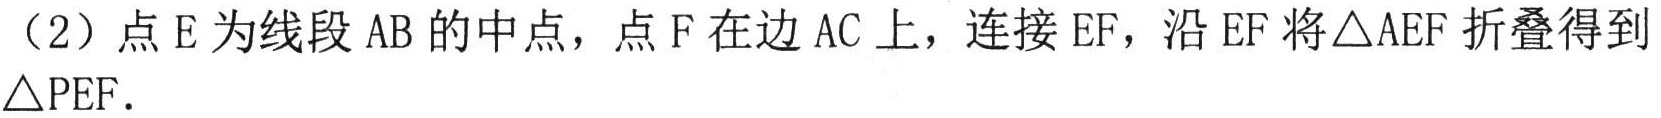
（2）点 \(E\) 为线段 \(AB\) 的中点，点 \(F\) 在边 \(AC\) 上，连接 \(EF\)，沿 \(EF\) 将\(\triangle AEF\) 折叠得到\(\triangle PEF\).